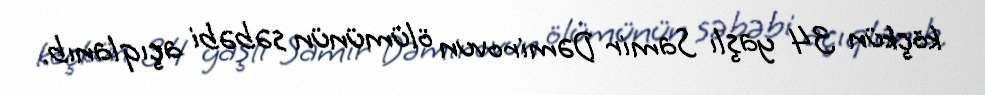
köçkün 34 yaşlı Samir Dəmirovun ölümünün səbəbi açıqlanıb.